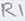
Text: R1